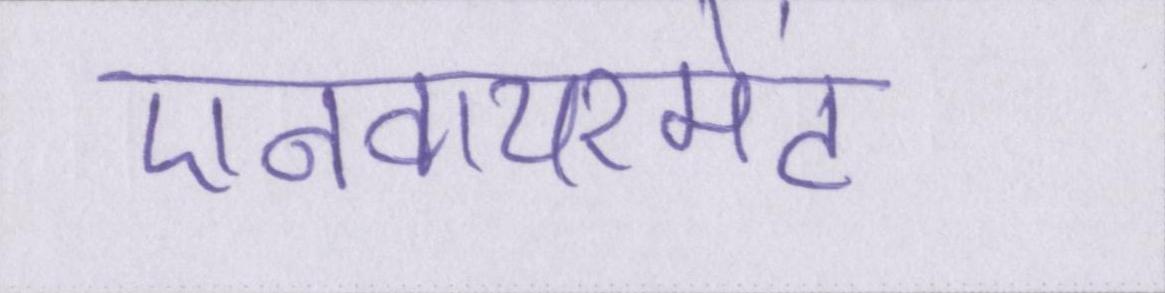
एनवायरमेंट